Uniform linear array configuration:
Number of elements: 64
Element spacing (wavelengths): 0.5
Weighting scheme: kaiser
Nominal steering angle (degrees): -45
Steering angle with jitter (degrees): -44.043
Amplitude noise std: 0.05
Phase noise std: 0.05

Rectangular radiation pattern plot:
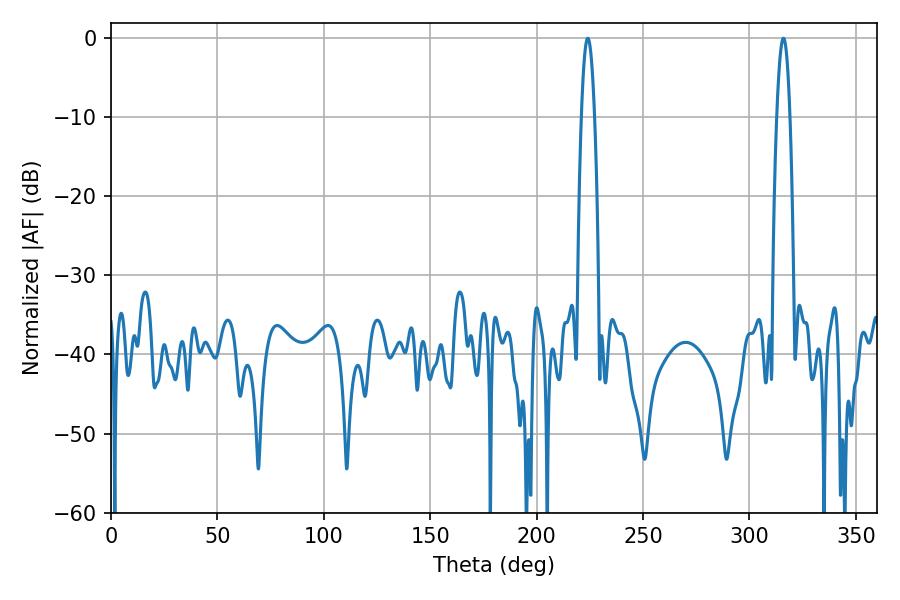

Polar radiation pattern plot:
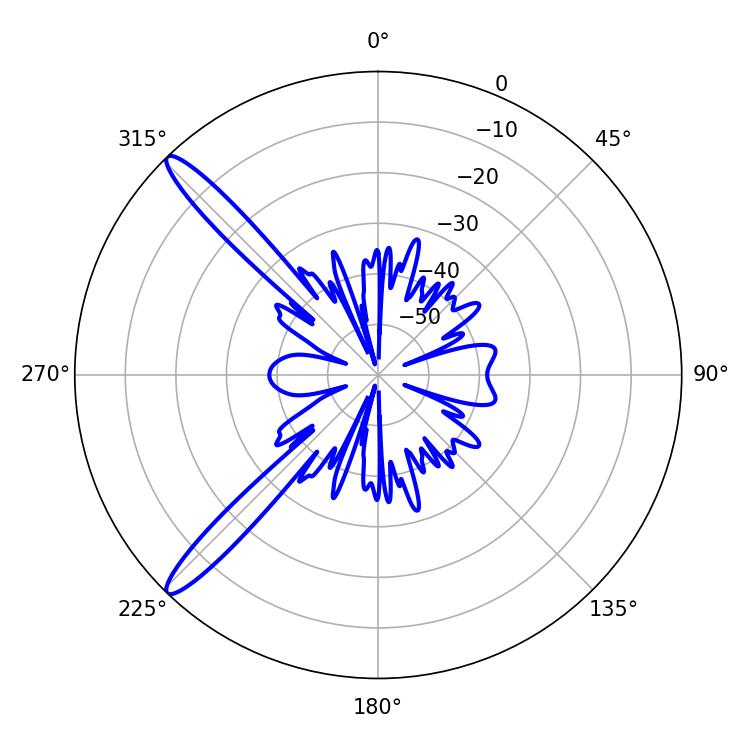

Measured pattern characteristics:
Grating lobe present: FALSE
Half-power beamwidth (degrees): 3.42
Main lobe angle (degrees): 224.1